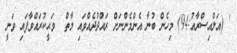
' (އަލްއިސްރާއު:94) މިހެން ބުނާ އެންމެންނަށް ރައްދުދެއްވައި މާތް  ވަޙީކުރައްވާފައި ވަނީ